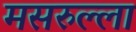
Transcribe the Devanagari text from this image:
मसरुल्ला